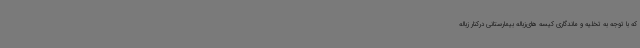
که با توجه به تخلیه و ماندگاری کیسه های‌زباله بیمارستانی درکنار زباله